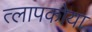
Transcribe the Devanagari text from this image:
त्लापकोया